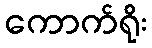
ကောက်ရိုး